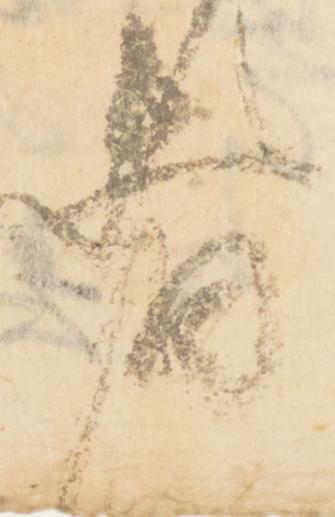
者